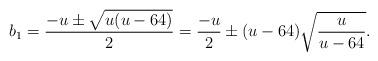
LaTeX: \begin{align*} b_1=\frac{-u \pm \sqrt{u(u-64)}}{2} = \frac{-u}{2} \pm (u-64)\sqrt{\frac{u}{u-64}}.\end{align*}